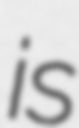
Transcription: is